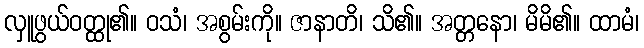
လှူဖွယ်ဝတ္ထု၏။ ဝသံ၊ အစွမ်းကို။ ဇာနာတိ၊ သိ၏။ အတ္တနော၊ မိမိ၏။ ထာမံ၊